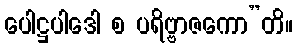
ပေါဋ္ဌပါဒေါ စ ပရိဗ္ဗာဇကော”တိ။